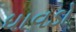
ધાવડો